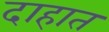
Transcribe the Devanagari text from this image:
दाहात